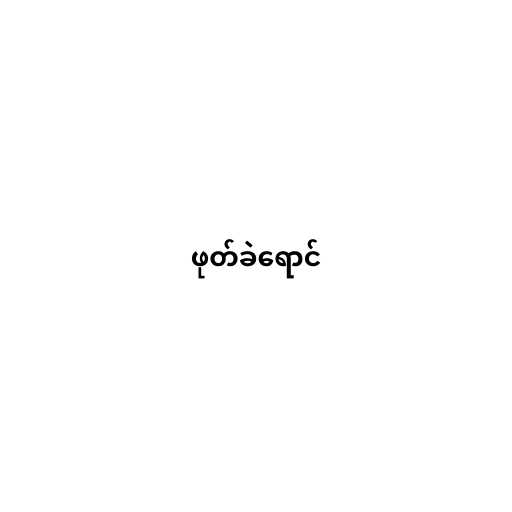
ဖုတ်ခဲရောင်